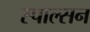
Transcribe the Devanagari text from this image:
स्पाल्सन